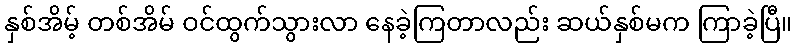
နှစ်အိမ့် တစ်အိမ် ဝင်ထွက်သွားလာ နေခဲ့ကြတာလည်း ဆယ်နှစ်မက ကြာခဲ့ပြီ။